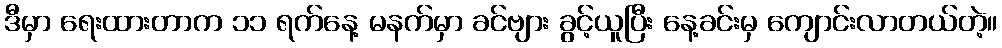
ဒီမှာ ရေးထားတာက ၁၁ ရက်နေ့ မနက်မှာ ခင်ဗျား ခွင့်ယူပြီး နေ့ခင်းမှ ကျောင်းလာတယ်တဲ့။